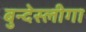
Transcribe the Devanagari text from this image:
बुन्देस्लीगा